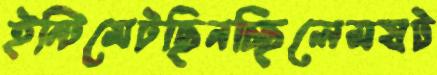
ইন্টিমেটছিনচ্ছিলেমষট